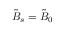
\tilde { B } _ { s } = \tilde { B } _ { 0 }